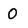
Character: 0